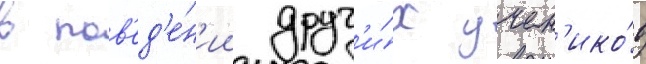
в пов'ед'е́н'ии друг'и́х учен'ико́в